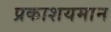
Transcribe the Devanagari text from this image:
प्रकाशयमान